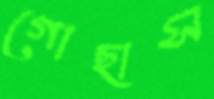
গোছাস